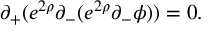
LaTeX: \partial _ { + } ( e ^ { 2 \rho } \partial _ { - } ( e ^ { 2 \rho } \partial _ { - } \phi ) ) = 0 .